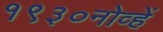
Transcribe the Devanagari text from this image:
१९३०नोव्हें